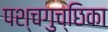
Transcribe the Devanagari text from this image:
पश्चगुच्छिका